Civil Veterinary Dept. North-West Frontier Province 1901-22 - 1901-1922
Year: 1901
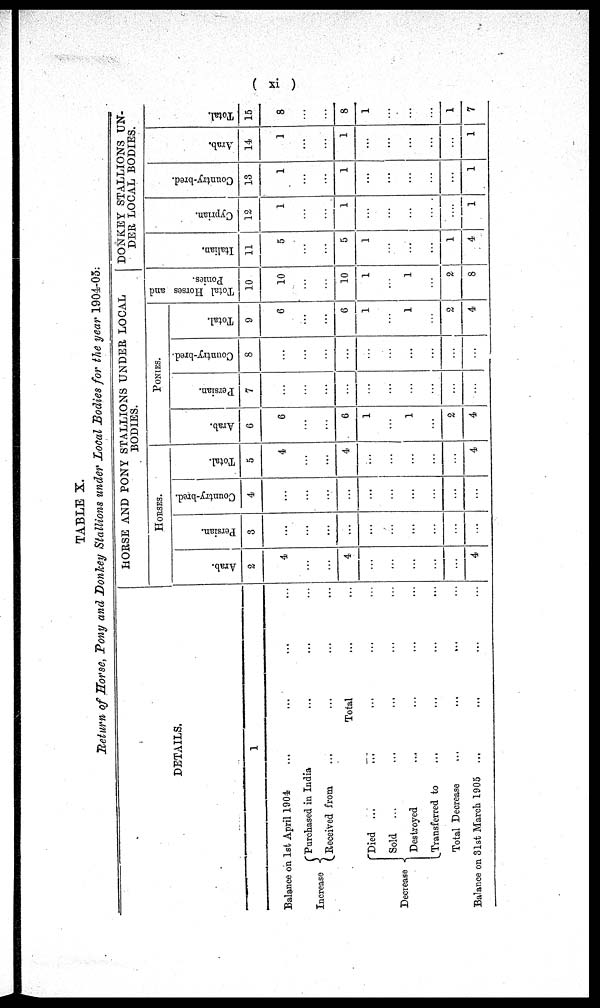
(xi)
TABLE X.
Return of Horse, Pony and Donkey Stallions under Local Bodies for the year 1904-05:
DETAILS.
1
Balance on 1st April 1904 ... ... ... ...
Increase{
Decrease{
Purchased in India ... ... ...
Received from ... ... ... ...
Total ... ...
Died ... ... ... ...
Sold
... ... ... ...
Destroyed ... ... ... ...
Transferred to ... ... ... ...
Total Decrease
...
...
...
...
Balance on 31st March 1905 ... ... ... ...
HORSE AND PONY STALLIONS UNDER LOCAL
BODIES
HORSES.
Arab.
2
4
...
...
4.
...
...
...
...
...
4
Persian.
3
...
...
...
...
...
...
...
...
...
...
Country-bred.
4
...
...
...
...
...
...
...
...
...
...
Total.
5
4
...
...
4
...
...
...
...
...
4
PONIES.
Arab.
6
6
....
...
6
1
...
1
...
2
4
Persian.
7
...
...
...
...
...
...
...
...
...
...
Country-bred.
8
...
...
...
...
...
...
...
...
...
...
Total.
9
6
...
...
6
1
...
1
...
2
4
Total Horses and
Ponies.
10
10
...
...
10
1
...
1
...
2
8
DONKEY STALLIONS UN-
DER LOCAL BODIES.
Italian.
11
5
...
...
5
1
...
...
...
1
4
Cyprian.
12
1
...
...
1
...
...
...
...
...
1
Country-bred.
13
1
...
...
1
...
...
...
...
...
1
Arab.
14
1
...
...
1
...
...
...
...
...
1
Total.
15
8
...
...
8
1
...
...
...
1
7